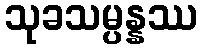
သုခသမ္ပန္နဿ